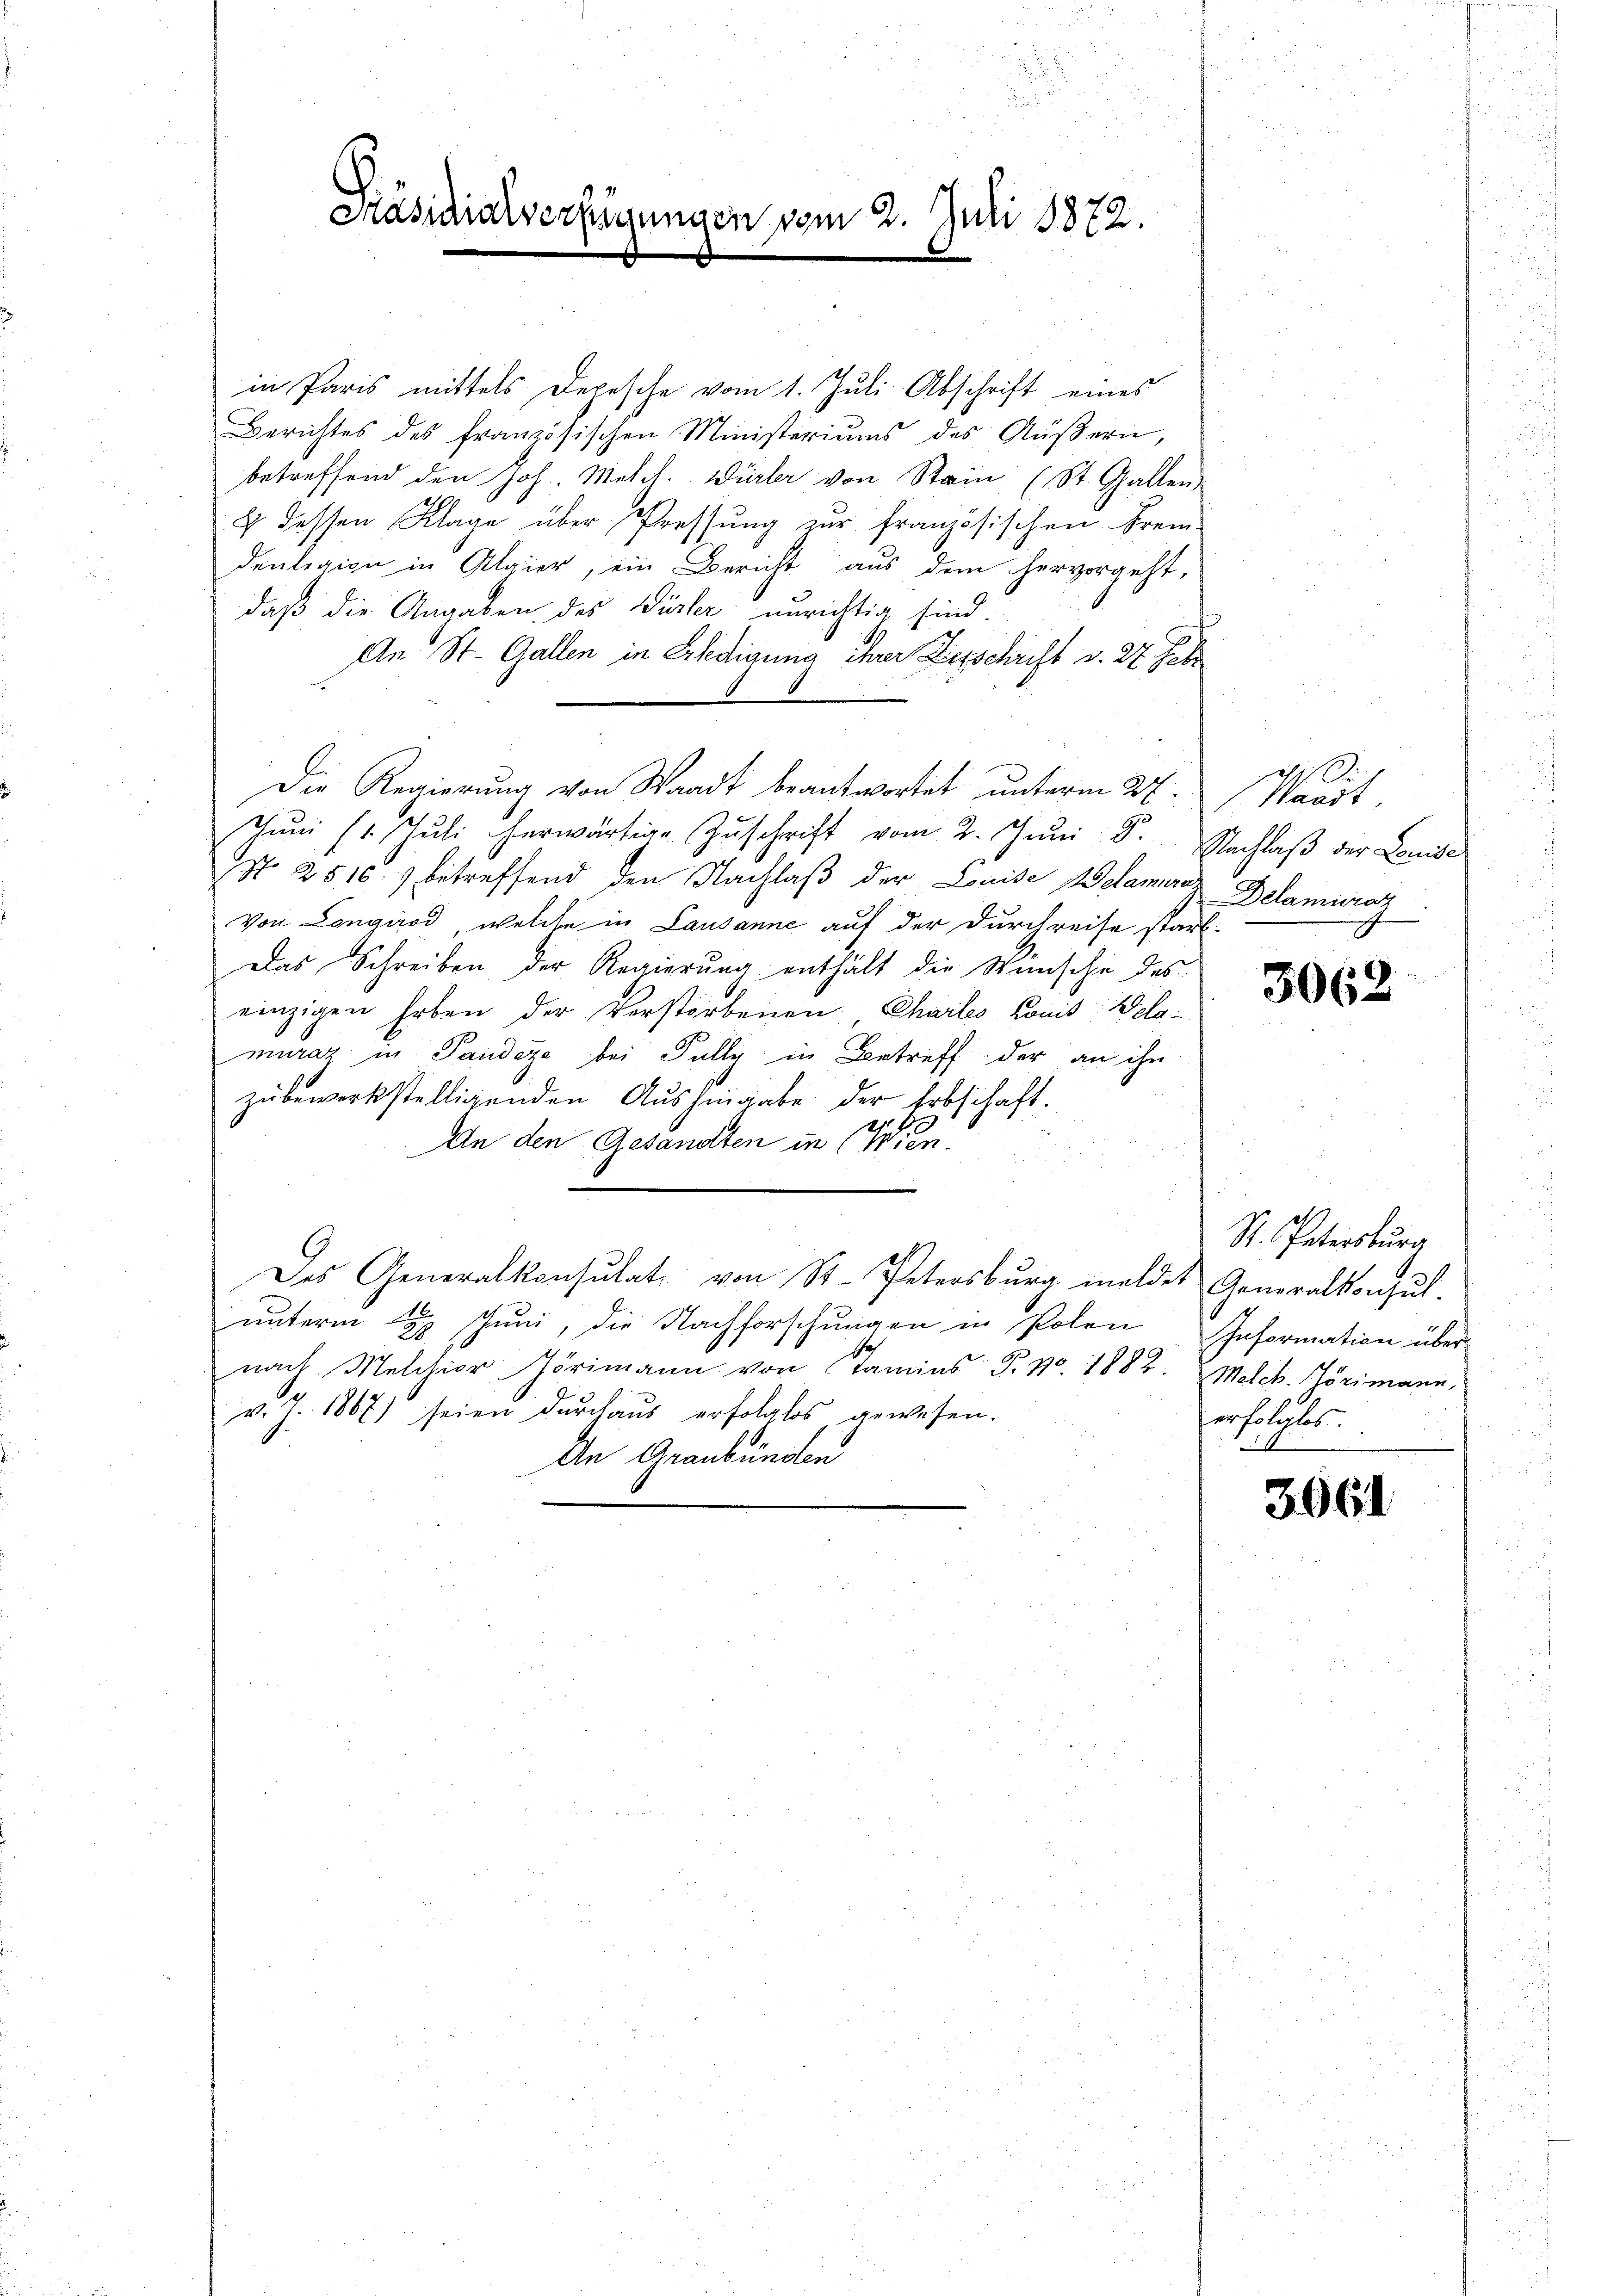
in Paris mittels Depesche vom 1. Juli Abschrift eines
Berichtes des französischen Ministeriums des Äußern,
betreffend den Joh. Melch. Würler von Stein (St. Gallen
& dessen Klage über Pressung zur französischen Fremdenligion in Algier, ein Bericht aus dem hervorgeht,
daß die Angaben des Würter unrichtig sind.
An St. Gallen in Erledigung ihrer Zerschicht v. 27 Jahr
Die Regierung von Waadt beantwortet unterm 27. Waadt,
Juni (1. Juli herwärtige Zuschrift vom 2. Juni 8.
No. 2516. betreffend den Nachlaβ der Louise Welamirez Belamurat
Von Longirod, welche in Lausanne auf der Durchreise stark-
Das Schreiben der Regierung enthält die Wünsche des
einzigen Erben der Verstorbenen Chailes Komit Belamuraz in Pandere bei Fully in Betreff der an ihn
zŭbewerkstelligenden Aŭshingabe der Erbschaft.
1
An den Gesandten in (Wien.
Das Generalkonsulat von St. Petersburg meldes Generalkonsul-
unterm L. Juni, die Nachforschungen in Polen Information über
nach Melchior Hörimann von Tamins P. Nr. 1882. Melch. Lörimann,
v. J. 1867) seien durchaus erfolglos gewesen.
An Graubünden

.

.
2
¬
Präsidialverfügungen vom 2. Juli 1872.

Nachlaß der Louise
m

3062

St. Petersburg
erfolgtes

3061